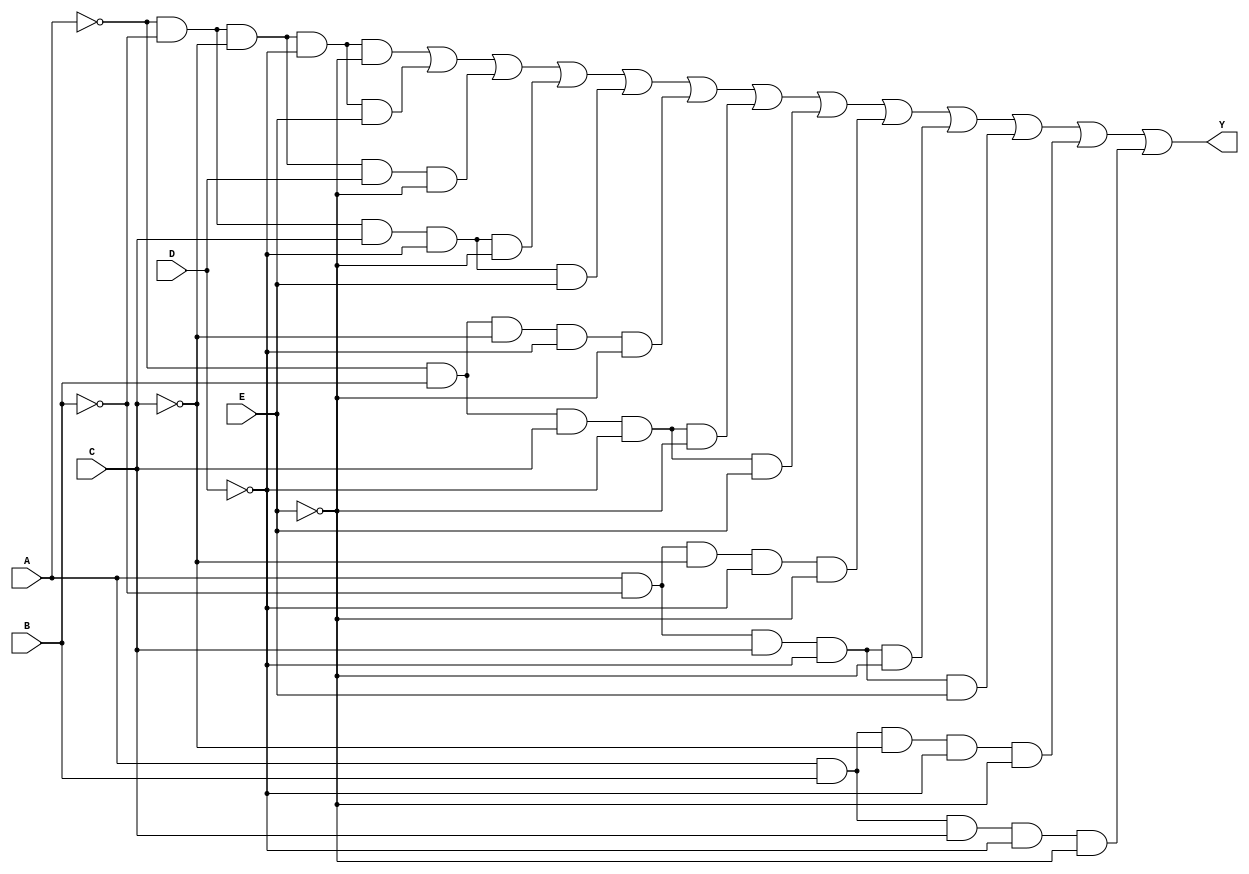
module five_variable_kmap (
    input wire A, // Input variable A
    input wire B, // Input variable B
    input wire C, // Input variable C
    input wire D, // Input variable D
    input wire E, // Input variable E
    output wire Y // Output representing the simplified function
);

// Intermediate signals for the minterms based on K-map grouping
wire m0 = (~A & ~B & ~C & ~D & ~E);
wire m1 = (~A & ~B & ~C & ~D & E);
wire m2 = (~A & ~B & ~C & D & ~E);
wire m3 = (~A & ~B & ~C & D & E);
wire m4 = (~A & ~B & C & ~D & ~E);
wire m5 = (~A & ~B & C & ~D & E);
wire m6 = (~A & ~B & C & D & ~E);
wire m7 = (~A & ~B & C & D & E);
wire m8 = (~A & B & ~C & ~D & ~E);
wire m9 = (~A & B & ~C & ~D & E);
wire m10 = (~A & B & ~C & D & ~E);
wire m11 = (~A & B & ~C & D & E);
wire m12 = (~A & B & C & ~D & ~E);
wire m13 = (~A & B & C & ~D & E);
wire m14 = (~A & B & C & D & ~E);
wire m15 = (~A & B & C & D & E);
wire m16 = (A & ~B & ~C & ~D & ~E);
wire m17 = (A & ~B & ~C & ~D & E);
wire m18 = (A & ~B & ~C & D & ~E);
wire m19 = (A & ~B & ~C & D & E);
wire m20 = (A & ~B & C & ~D & ~E);
wire m21 = (A & ~B & C & ~D & E);
wire m22 = (A & ~B & C & D & ~E);
wire m23 = (A & ~B & C & D & E);
wire m24 = (A & B & ~C & ~D & ~E);
wire m25 = (A & B & ~C & ~D & E);
wire m26 = (A & B & ~C & D & ~E);
wire m27 = (A & B & ~C & D & E);
wire m28 = (A & B & C & ~D & ~E);
wire m29 = (A & B & C & ~D & E);
wire m30 = (A & B & C & D & ~E);
wire m31 = (A & B & C & D & E);

// Sum of Products (SOP) for the output
assign Y = m0 | m1 | m2 | m4 | m5 | m8 | m12 | m13 | m16 | m20 | m21 | m24 | m28;

endmodule